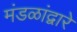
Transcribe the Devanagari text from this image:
मंडळांद्वारे